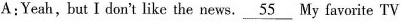
A:Yeah, but I don't like the news. \underline{55} My favorite TV